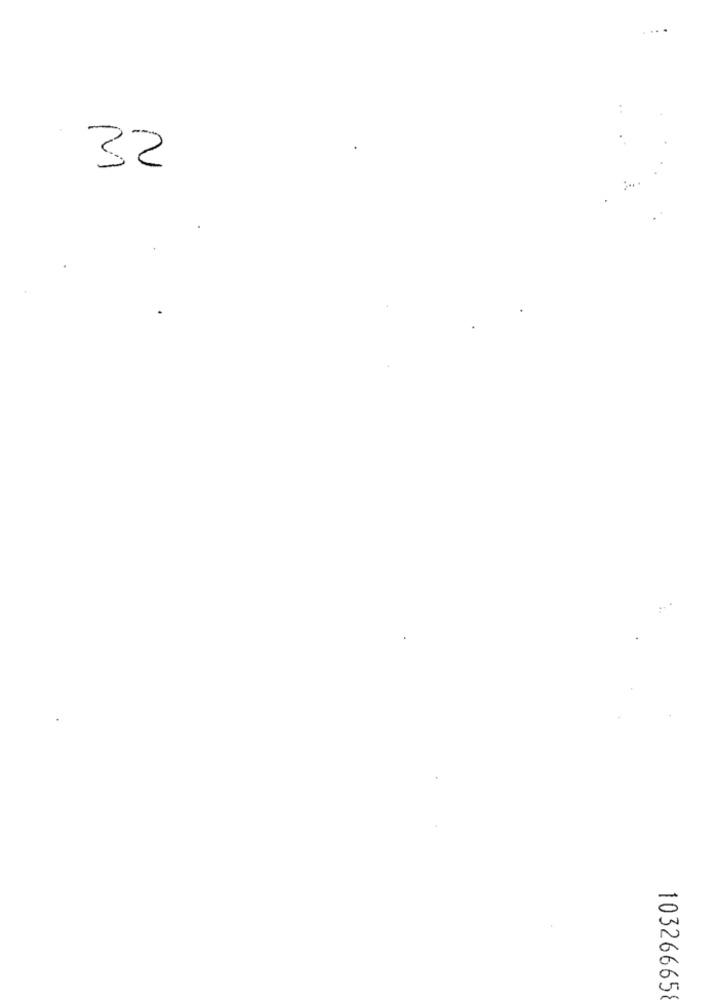
32
10326665